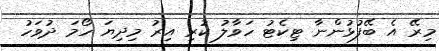
މިރޭ އެ ބޭފުޅުންނާ ޓިކެޓު ހަވާލު ކުރި އިރު މިދިޔަ ހޯމަ ދުވަހު